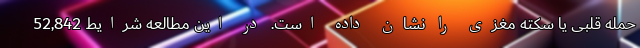
حمله قلبی یا سکته مغزی را نشان داده است. در این مطالعه شرایط 52,842